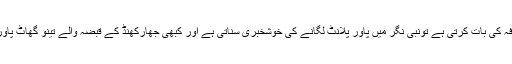
کبھی وہ برونی اور کانٹی تھرمل پاور پلانٹ کی پیداواری صلاحیت میں اضافہ کی بات کرتی ہے تونبی نگر میں پاور پلانٹ لگانے کی خوشخبری سناتی ہے اور کبھی جھارکھنڈ کے قبضہ والے تینو گھاٹ پاور پلانٹ سے اپنا حصہ لینے کے لیے قانونی لڑائی لڑنے کی بات کرتی ہے ۔